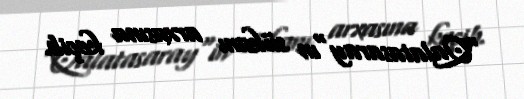
"Qalatasaray"ın sükanı arxasına keçib.